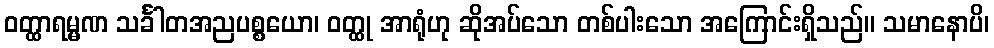
ဝတ္ထာရမ္မဏ သင်္ခါတအညပစ္စယော၊ ဝတ္ထု အာရုံဟု ဆိုအပ်သော တစ်ပါးသော အကြောင်းရှိသည်။ သမာနောပိ၊